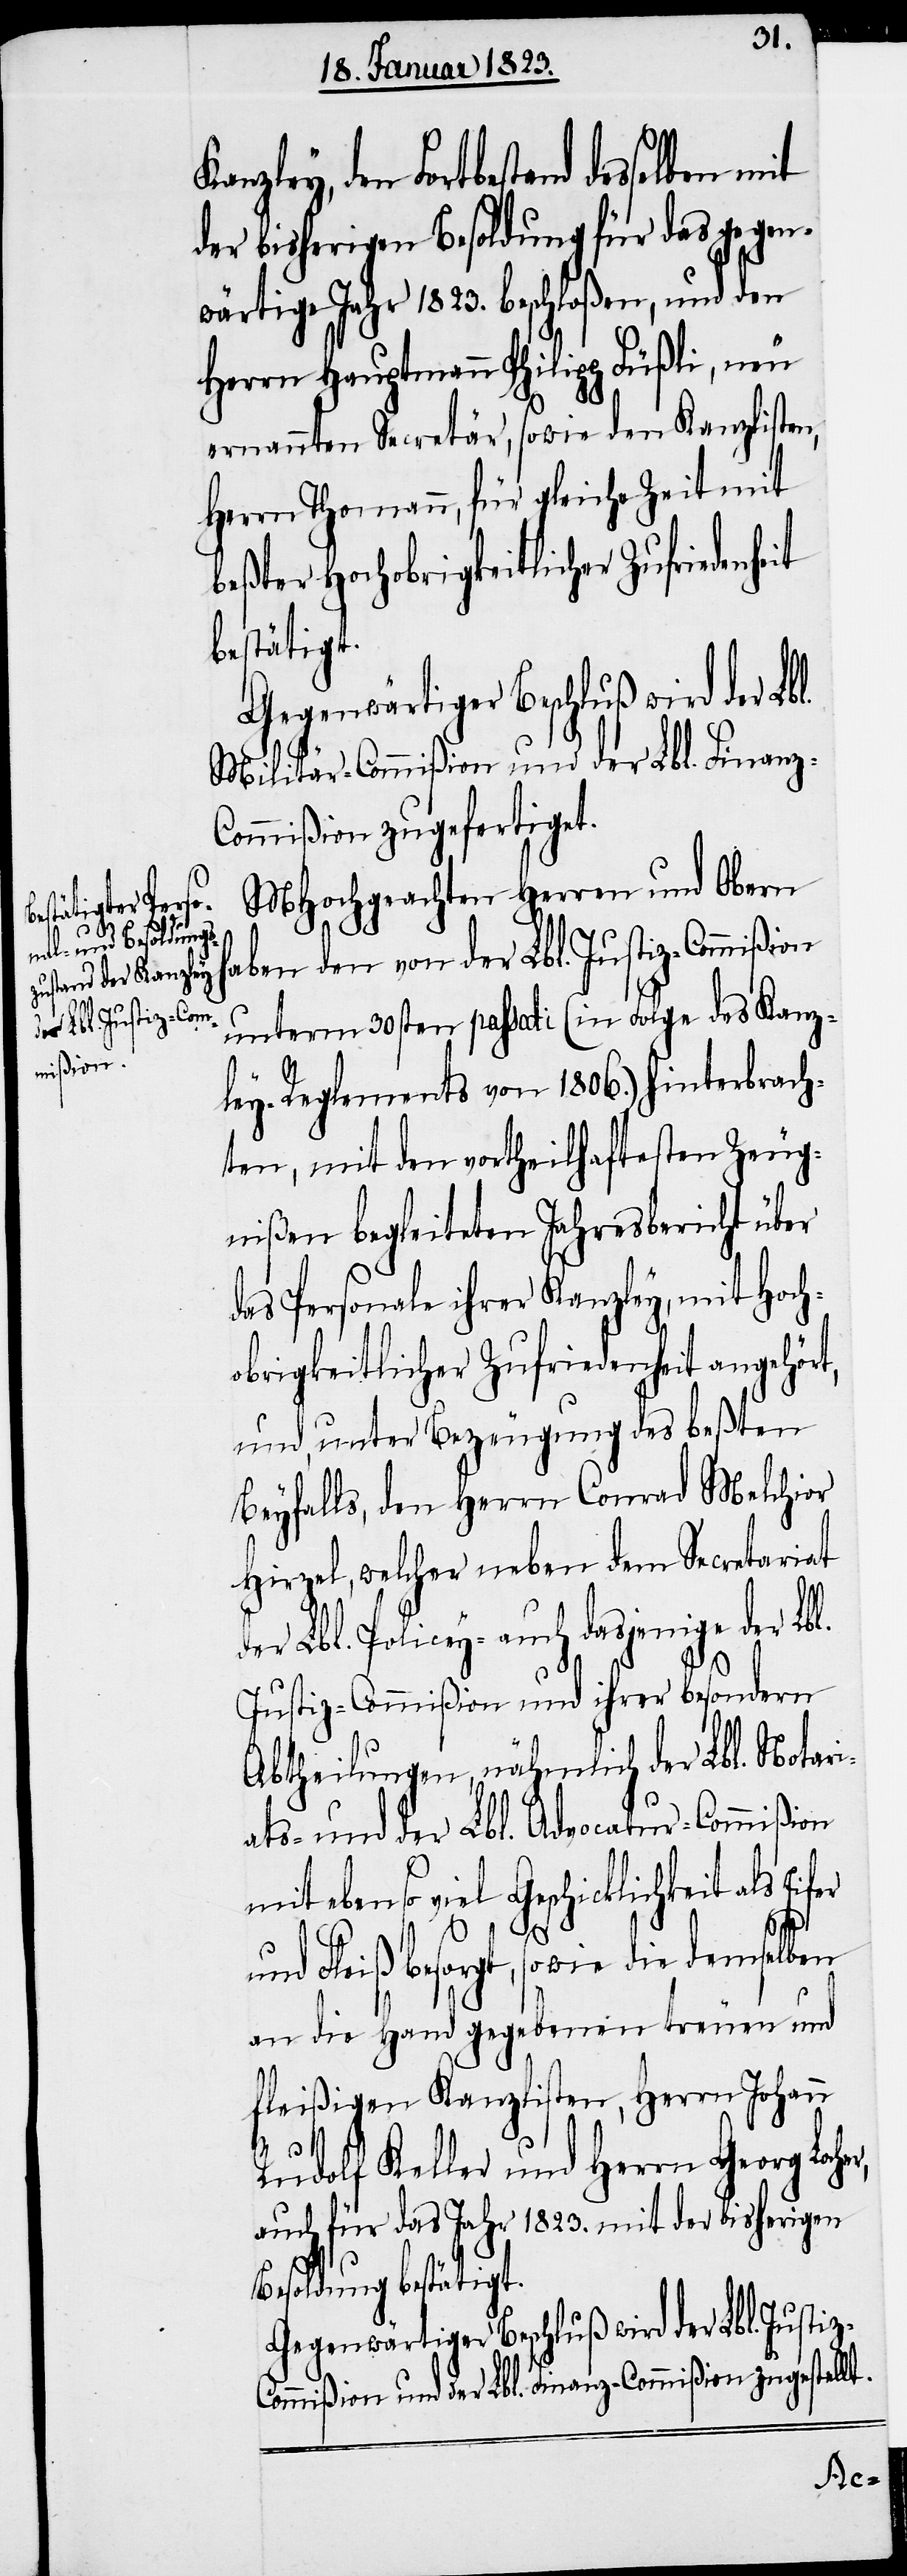
Eifer und Fle¬

den Fortbestand desselben mit
der bisherigen Besoldung für das gegen¬
wärtige Jahr 1823. beschloßen, und den
Herrn Hauptmann Philipp Füßli, neu
ernannten Secretär, sowie den Kanzlisten,
Herrn Thomann, für gleiche Zeit mit
beßter Hochobrigkeitlicher Zufriedenheit
bestätigt.
Gegenwärtiger Beschluß wird der Lbl.
Militär-Commißion und der Lbl. Finanz-C¬
ommißion zugefertiget.
MHochgeachten Herren und Obern
haben den von der Lbl. Justiz-Commißion
unterm 30sten passati (in Folge des Kanz¬
ley-Reglements von 1806.) hinterbrach¬
ten, mit den vortheilhaftesten Zeug¬
nißen begleiteten Jahresbericht über
das Personale ihrer Kanzley, mit Hoch¬
obrigkeitlicher Zufriedenheit angehört,
und, unter Bezeugung des beßten
Beyfalls, den Herrn Conrad Melchior
Hirzel, welcher neben dem Secretariat
er Lbl. Policey- auch dasjenige der Lb¬
Justiz-Commißion und ihrer besondern
Abtheilungen, nähmlich der Lbl. Notari¬
ats- und der Lbl. Advocatur-Commißion
mit ebenso viel Geschicklichkeit als
l.
iß besorgt, sowie die demselben
an die Hand gegebenen treuen und
fleißigen Kanzlisten, Herrn Johann
Rudolf Keller und Herrn Georg Loc¬
auch für das Jahr 1823. mit der bisherigen
Besoldung bestätigt.
Gegenwärtiger Beschluß wird der Lbl. Justi¬
ommißion und der Lbl. Finanz-Commißion zugestellt.
z-C¬